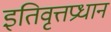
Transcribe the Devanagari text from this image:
इतिवृत्तप्रधान